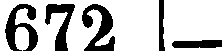
672 -